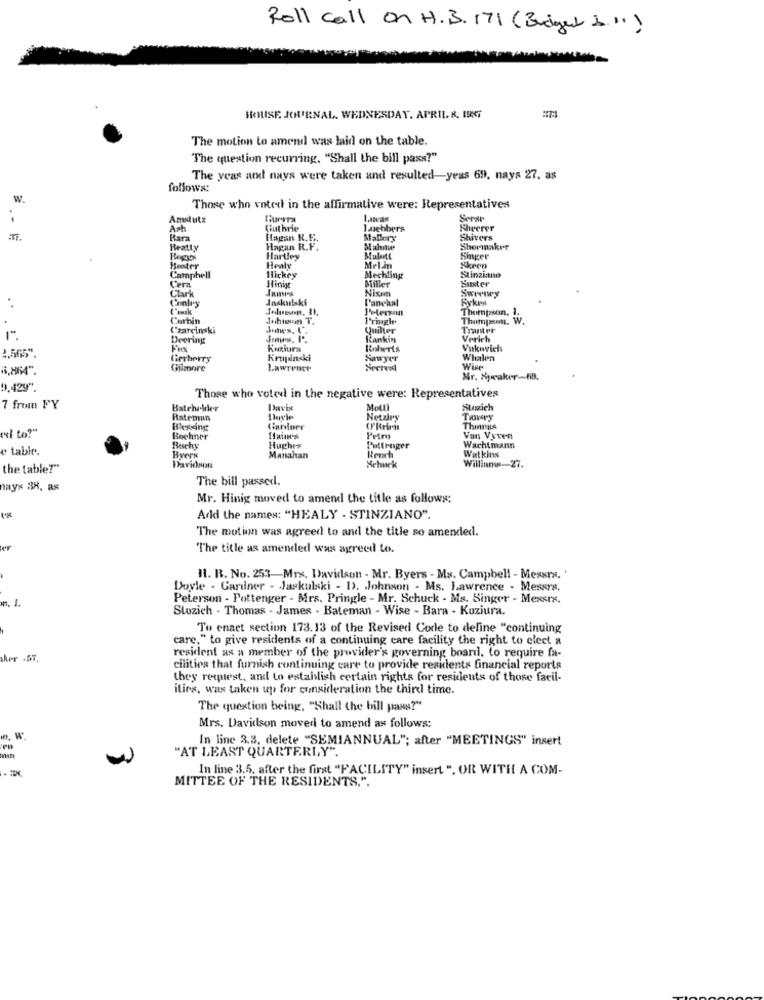
Roll call on H. B. 171 (Budget &."1)
HOUSE. JORNAL. WEDNESDAY, APRIL. K. 1987
The motion to amend was laid on the table.
The question recurring, "Shall the bill pass?"
The year and nays were taken and resulted-yeas 69, nays 27. as
follows:
W.
Those who voted in the affirmative were: Representatives
Amstutz
Guerra
Serie
Ach
Guthrie
1webbers
Sheerer
. - E
Rara
Hagan R.F ..
Mallory
Shivers
Beatty
Hagan R.F.
Shormaker
Hartley
Mall
Singer
Bester
Healy
Melan
Skeen
Campbell
Hickey
Mechling
Miller
Stinziano
Buster
Chrk
Cera
Nixon
Jnskalski
Funchal
Ryken
Peterpan
Thompson. 1.
Corbin
Juhtcom T.
I'righe
Thumpsm. W.
Czarcinski
Quiller
Deering
Rankin
Verich
Vukovich
2,565".
Gerberry
Krujacki
Sawyer
Whalen
Gilmore
Wir
Mr. Speaker-Bb.
0,429".
Those who voted in the negative were: Representatives
7 from FY
Batehelder
Molti
Stozich
Rateman
Netziry
TASKry
er to ?"
Blessing
Gardner
(PRrien
Things
Bochner
Van Vyven
e table.
Buchy
Hughes
Pottenger
Wachtmann
Byers
Manahan
Rench
Wat kins
the table?"
Daviduta
Hehuck
Willinmy-27.
The bill passed.
hays 38, as
Mr. Hinig moved to amend the title as follows:
Add the names: "HEALY - STINZIANO".
The motion was agreed to and the title so amended.
er
The title as amended was agreed to.
H. R. No. 253-Mrx. Davidson - Mr. Byers - Ms. Campbell - Messra. '
Doyle - Gardner - Jaskulski - D>. Johnson - Ms. Lawrence - Messrs.
Peterson - Pottenger - Mrs. Pringle - Mr. Schuck - Ms. Singer - Messrs.
n. J.
Stozich - Thomas - James - Bateman - Wise - Bara - Koziura.
To enact section 173.13 of the Revised Codle to define "continuing
care," to give residents of a continuing care facility the right to elect a
resident as a member of the provider's governing board, to require fa-
cilities that furnish continuing care to provide resklents financial reports
they request, and to establish certain rights for residents of those facil-
ities, was taken up for consideration the third time.
The question being, "Shall the bill pass?"
Mrs. Davidson moved to amend as follows:
. W.
In line 3.3. delete "SEMIANNUAL"; after "MEETINGS" insert
"AT LEAST QUARTERLY".
In line 3.5. after the first "FACILITY" insert ", OR WITH A COM-
MITTEE OF THE RESIDENTS.".